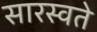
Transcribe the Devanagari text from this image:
सारस्वते